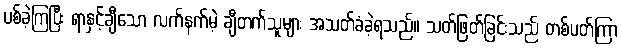
ပစ်ခဲ့ကြပြီး ရာနှင့်ချီသော လက်နက်မဲ့ ချီတက်သူများ အသတ်ခံခဲ့ရသည်။ သတ်ဖြတ်ခြင်းသည် တစ်ပတ်ကြာ